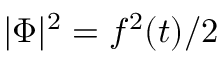
| \Phi | ^ { 2 } = f ^ { 2 } ( t ) / 2